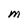
Character: M